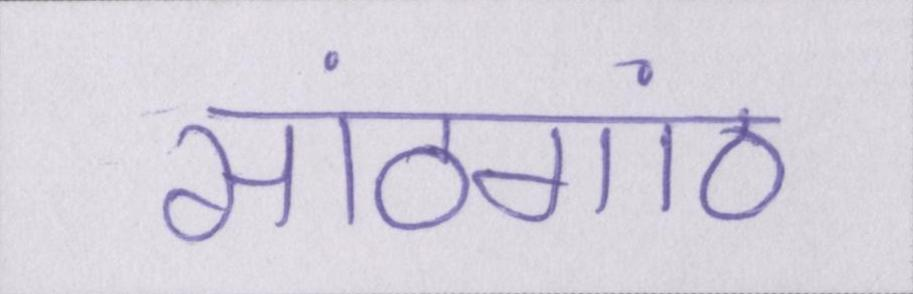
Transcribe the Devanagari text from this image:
सांठगांठ